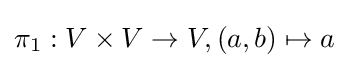
\pi _{1}:V\times V\to V,(a,b)\mapsto a